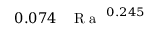
0 . 0 7 4 \, \mathrm { ~ \textit ~ { ~ R ~ a ~ } ~ } ^ { 0 . 2 4 5 }